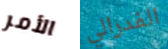
الأمر الفدرالي